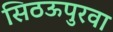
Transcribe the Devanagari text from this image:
सिठऊपुरवा